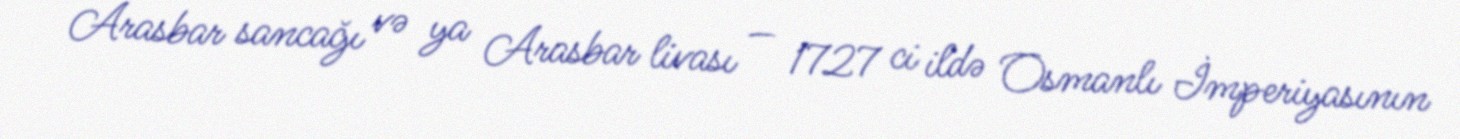
Arasbar sancağı və ya Arasbar livası — 1727 ci ildə Osmanlı İmperiyasının